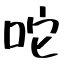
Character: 咜